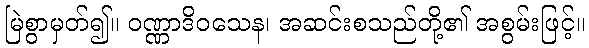
မြဲစွာမှတ်၍။ ဝဏ္ဏာဒိဝသေန၊ အဆင်းစသည်တို့၏ အစွမ်းဖြင့်။